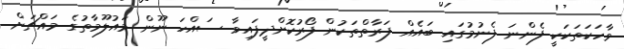
ވާހަކަތަކަކީ ފެންނަ ފެނުމުގައި ބައެއް ފަރާތްތަކުން ފޯރުކޮށްދީފައިވާ ސައްހަ ނޫން މައުލޫމާތުގެ މައްޗަށް